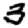
Digit: 3